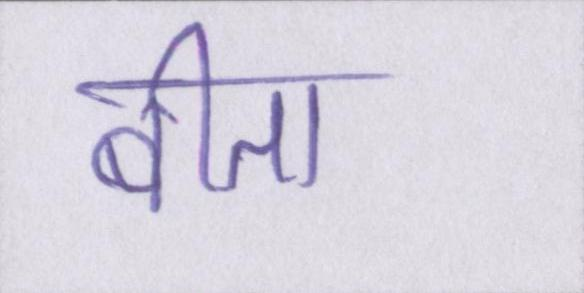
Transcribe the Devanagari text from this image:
बीता